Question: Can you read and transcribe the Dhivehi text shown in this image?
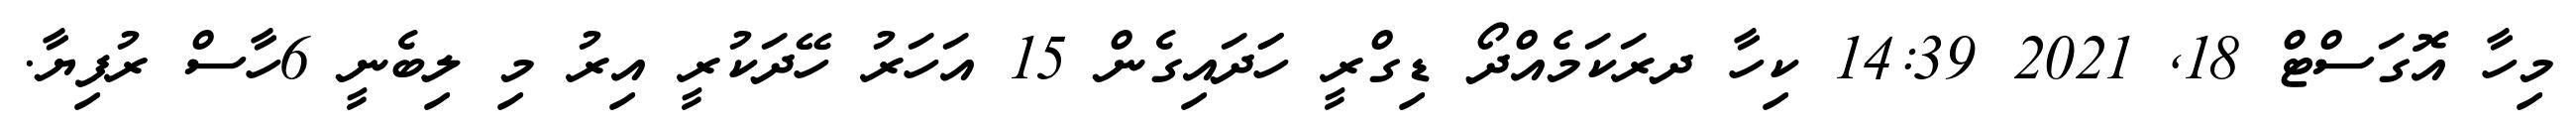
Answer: މިހާ އޮގަސްޓް 18, 2021 14:39 ކިހާ ދރަކަމެއްދޯ ޑިގްރީ ހަަދައިގެން 15 އަހަރު ހޭދަކުރީ އިރު މި ލިބެނީ 6ހާސް ރުފިޔާ.